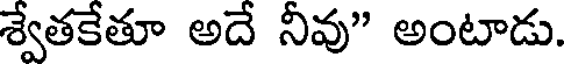
శ్వేతకేతూ అదే నీవు" అంటాడు.